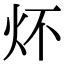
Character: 炋